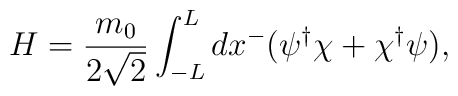
H=\frac{m_0}{2\sqrt{2}}\int_{-L}^L dx^- (\psi^{\dagger}\chi+ \chi^{\dagger}\psi),